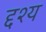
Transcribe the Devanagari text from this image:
द्दश्य